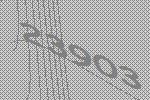
23903